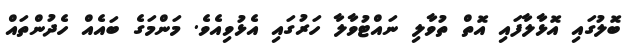
ބޮލުގައި އޮޅާލާފައި އޮތް ތުވާލި ނައްޓުވާލާ ހަރުގައި އެޅުވިއެވެ. މަންމަގެ ބައެއް ހެދުންތައް